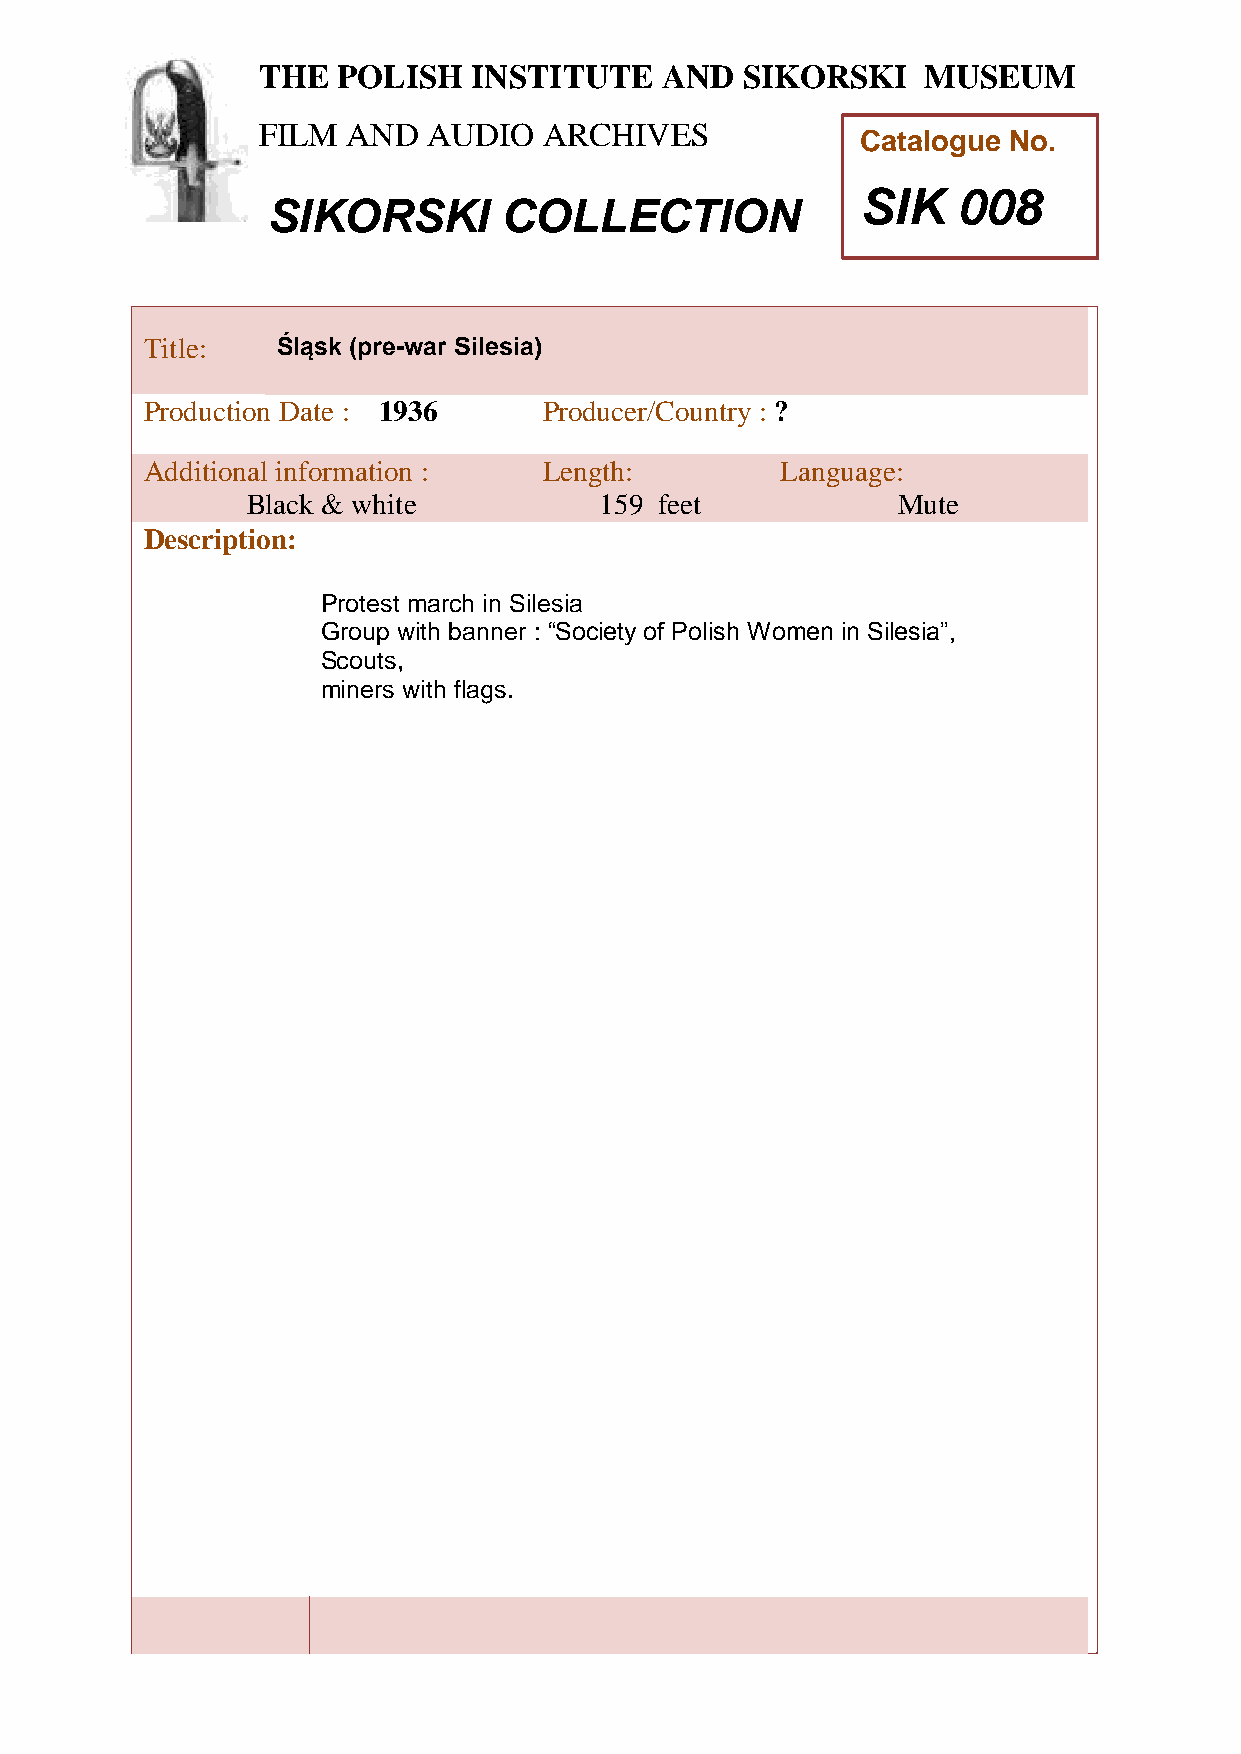
THE  POLISH   INSTITUTE    AND  SIKORSKI    MUSEUM
 FILM  AND  AUDIO   ARCHIVES
 Catalogue No.
 SIK   008
 SIKORSKI       COLLECTION
 TTitle:     Śląsk (pre-war Silesia)
 h
 Peroduction Date : 1936    Producer/Country : ?
 AddiPtional information :  Length:         Language:
 oBlack & white           159 feet           Mute
 l
 Descriptioni:
 s
 hProtest march in Silesia
 GroIup with banner : “Society of Polish Women in Silesia”,
 Scouts,
 n
 miners with flags.
 s
 t
 i
 t
 u
 t
 e
 a
 n
 d
 S
 i
 k
 o
 r
 s
 k
 i
 M
 u
 s
 e
 u
 m